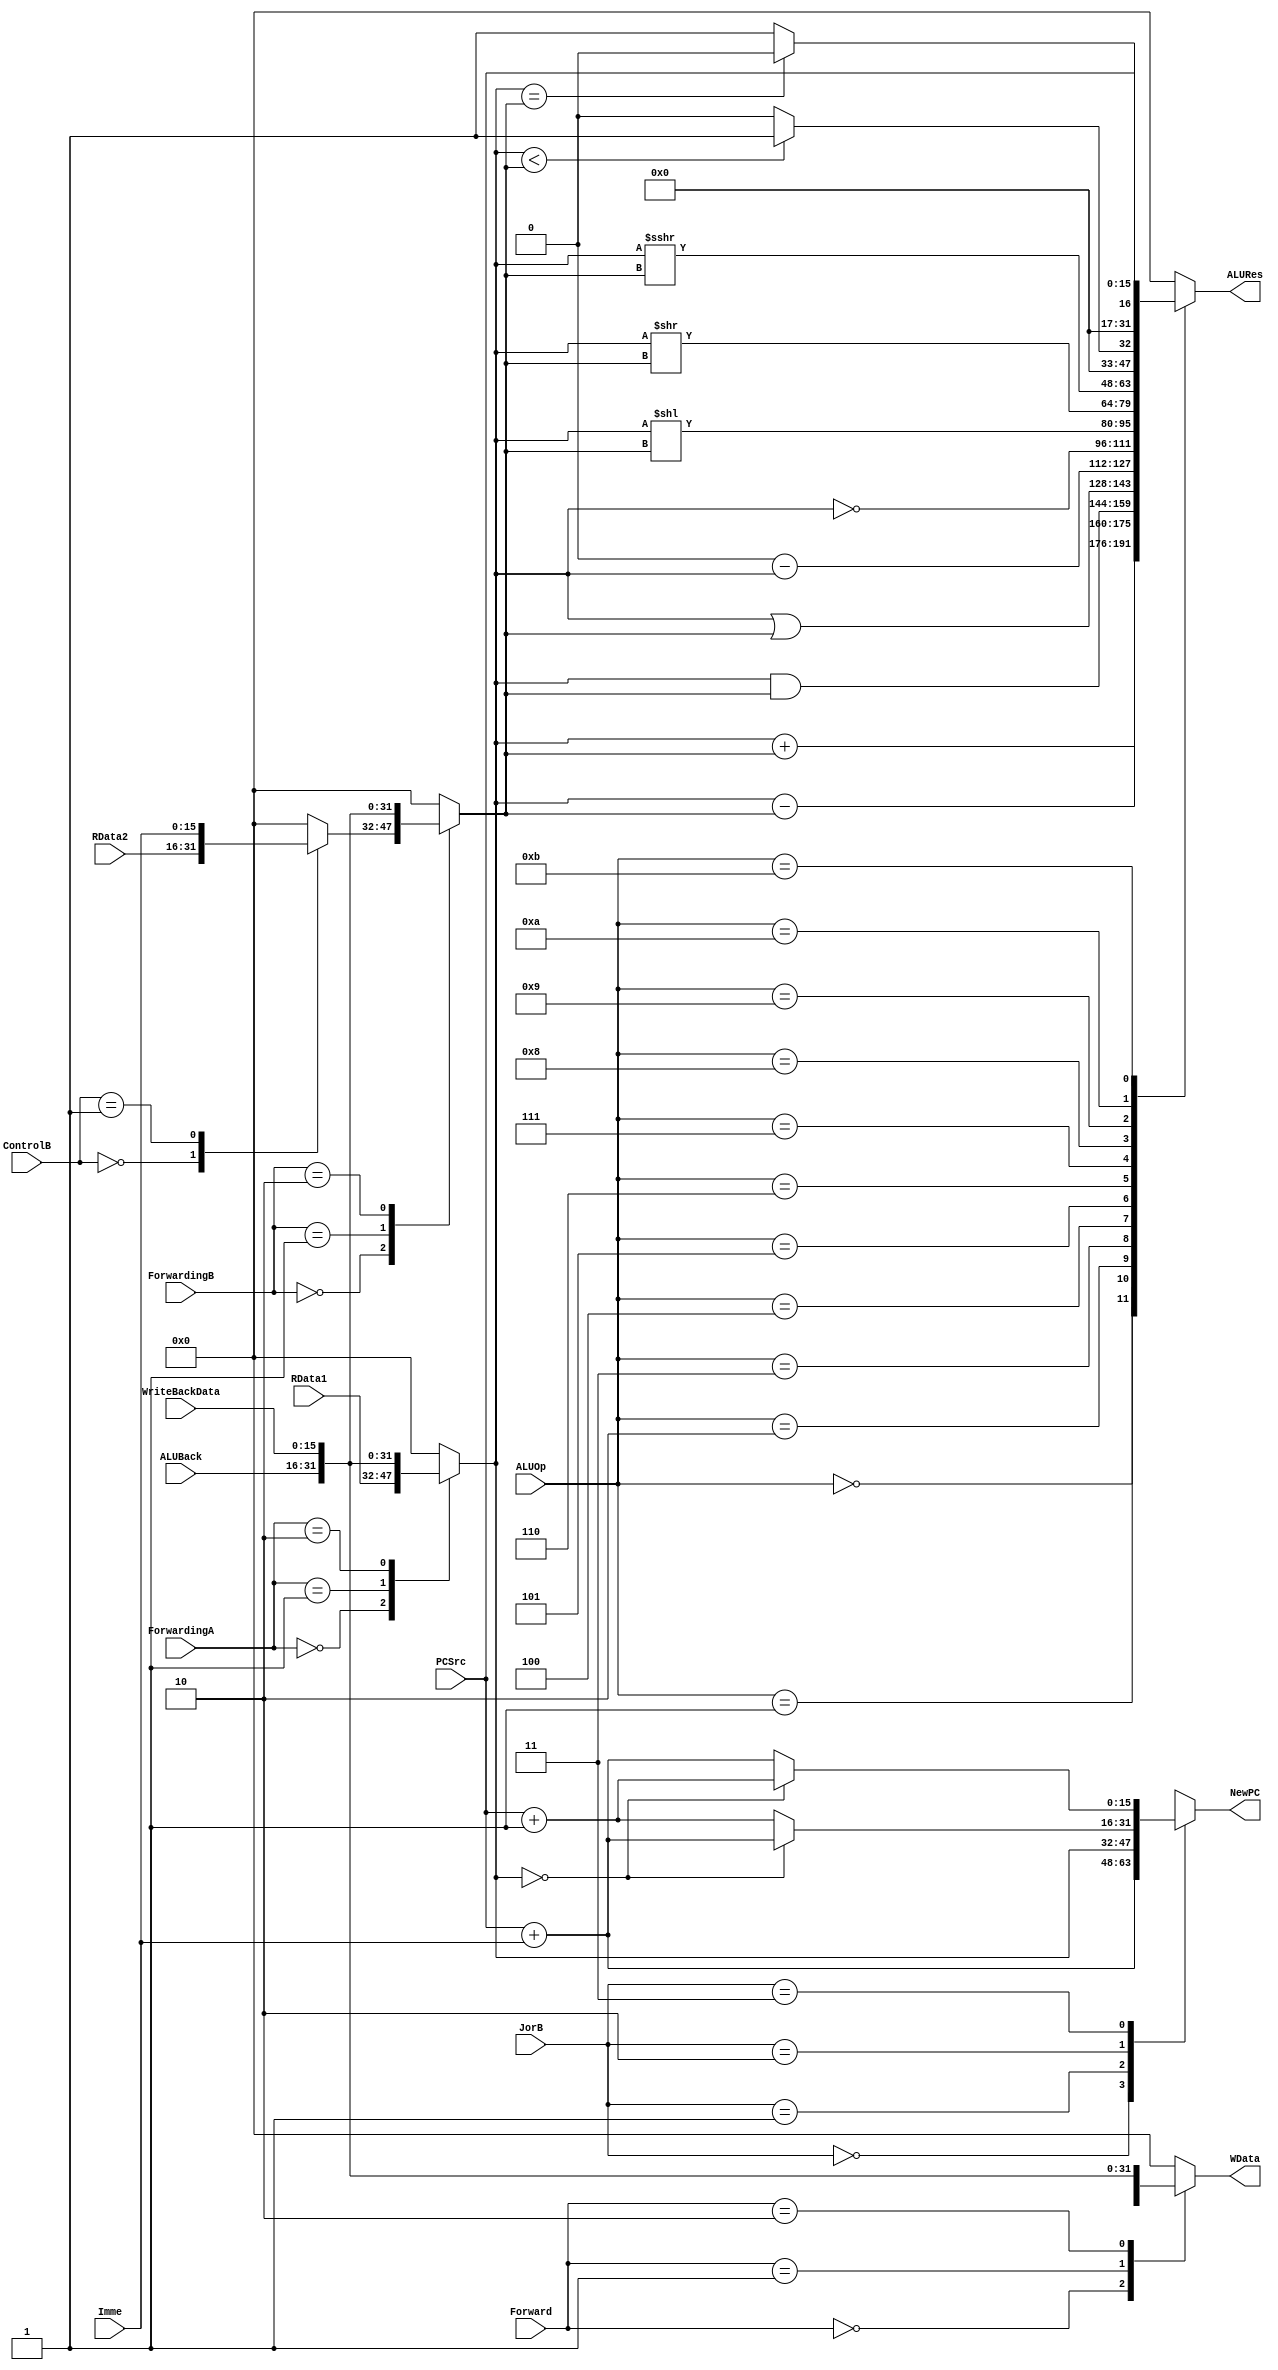
`timescale 1ns / 1ps
//////////////////////////////////////////////////////////////////////////////////
// Company: 
// Engineer: 
// 
// Design Name: 
// Module Name:    Exe 
// Project Name: 
// Target Devices: 
// Tool versions: 
// Description: 
//
// Dependencies: 
//
// Revision: 
// Revision 0.01 - File Created
// Additional Comments: 
//
//////////////////////////////////////////////////////////////////////////////////
module Exe(
    input [15:0] RData1,
    input [15:0] RData2,
    input [15:0] Imme,
    output reg [15:0] WData,
    input [15:0] PCSrc,
    input [3:0] ALUOp,
    input [1:0] ControlB,//00 01 10 11
    output reg [15:0] ALURes,
    output reg [15:0] NewPC,
	input [1:0] JorB,
	input [15:0] ALUBack,
	input [15:0] WriteBackData,
	input [1:0] Forward,
	input [1:0] ForwardingA,
	input [1:0] ForwardingB
);

reg [15:0] B0 = 16'b0;
reg [15:0] A = 16'b0;
reg [15:0] B = 16'b0;
reg [15:0] ShiftImme = 16'b0;
reg [15:0] CalPC = 16'b0;

always @(*)//mux1
begin
	case(ControlB)
		2'b00: B0 = RData2;
		2'b01: B0 = Imme;
		default: B0 = 16'b0;
	endcase
end

always @(*)//muxA
begin
	case(ForwardingA)
		2'b00: A = RData1;
		2'b01: A = ALUBack;
		2'b10: A = WriteBackData;
		default: A = 0;
	endcase
end

always @(*)//muxB
begin
	case(ForwardingB)
		2'b00: B = B0;
		2'b01: B = ALUBack;
		2'b10: B = WriteBackData;
		default: B = 0;
	endcase
end

always @(*)//mux2
begin
	case(Forward)
		2'b00: WData = RData2;
		2'b01: WData = ALUBack;
		2'b10: WData = WriteBackData;
		default: WData = 0;
	endcase
end

always @(*)//shiftleft
begin
	ShiftImme = Imme;
end

always @(*)//PCAdder
begin
	CalPC = PCSrc + ShiftImme;
end

always @(*)//ALU
begin
	case(ALUOp)
		4'b0000: ALURes = A + B;		
		4'b0001: ALURes = A - B;
		4'b0010: ALURes = A & B;
		4'b0011: ALURes = A | B;
		4'b0100: ALURes = 0 - A;
		4'b0101: ALURes = ~A;
		4'b0110: ALURes = A << B;
		4'b0111: ALURes = A >> B;
		4'b1000: ALURes = A >>> B;
		4'b1001: ALURes = (A < B) ? 1 : 0;
		4'b1010: ALURes = (A == B) ? 0 : 1;
		4'b1011: ALURes = PCSrc;
		default: ALURes = 0;
	endcase
end

//00:B 01:J 10:B== 11B=
always @(*)//mux3
begin
	case(JorB)
		2'b00: NewPC = CalPC;
		2'b01: NewPC = A;
		2'b10: NewPC = (A == 0) ? CalPC : (PCSrc+1);
		2'b11: NewPC = (A == 0) ? (PCSrc+1) : CalPC;
	endcase
end

endmodule